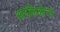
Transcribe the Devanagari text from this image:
आउक्तिओन्स